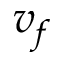
v _ { f }